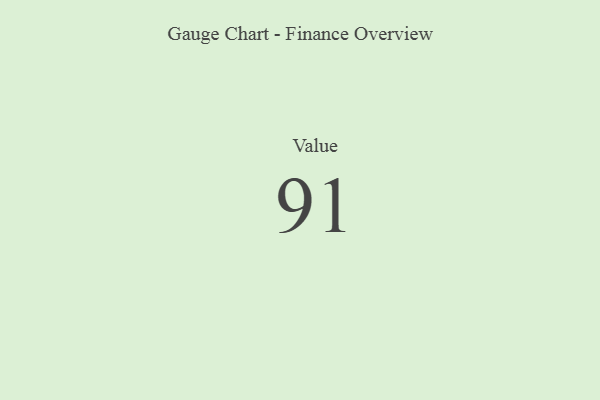
{"axis": {"x": "Metric", "y": "Value"}, "legend": [""], "data": [{"x": "Value", "y": 91, "type": ""}]}